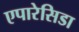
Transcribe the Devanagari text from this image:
एपारेसिडा